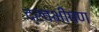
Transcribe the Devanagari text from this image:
द्रवभीषण